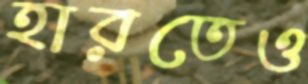
হারতেও